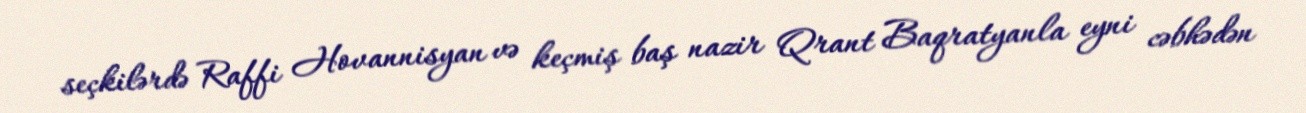
seçkilərdə Raffi Hovannisyan və keçmiş baş nazir Qrant Baqratyanla eyni cəbhədən